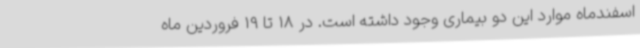
اسفندماه موارد این دو بیماری وجود داشته است. در 18 تا 19 فروردین ماه